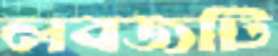
লবজটি